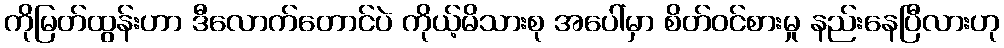
ကိုမြတ်ထွန်းဟာ ဒီလောက်တောင်ပဲ ကိုယ့်မိသားစု အပေါ်မှာ စိတ်ဝင်စားမှု နည်းနေပြီလားဟု